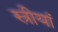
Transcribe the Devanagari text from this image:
स्रीयां